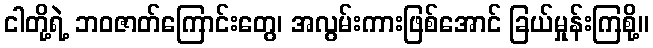
ငါတို့ရဲ့ ဘဝဇာတ်ကြောင်းတွေ၊ အလွမ်းကားဖြစ်အောင် ခြယ်မှုန်းကြစို့။